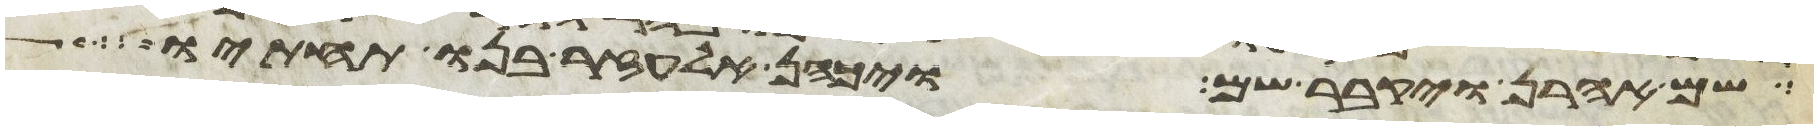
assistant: שם אהרן ויקבר שם ויכהן אלעזר בנו תחתיו